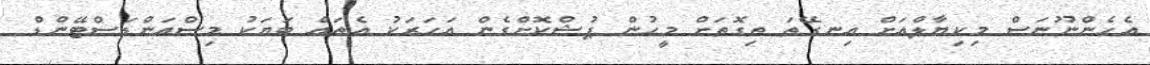
އެހެންނޫނަސް މިކިޔާލްއަށް އިނގޭތަ ތިގޮތަށް މީހުން ޕުޝްކޮށްގެން އަހަރަކު އެތައް ބަޔަކު މިސްއަންޑަސްޓޭންޑް